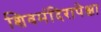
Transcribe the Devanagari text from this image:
शिवमंदिरापेक्षा